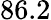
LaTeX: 86.2